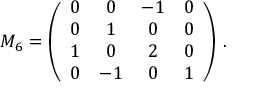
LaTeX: M _ { 6 } = \left( \begin{array} { c c c c } { { 0 } } & { { 0 } } & { { - 1 } } & { { 0 } } \\ { { 0 } } & { { 1 } } & { { 0 } } & { { 0 } } \\ { { 1 } } & { { 0 } } & { { 2 } } & { { 0 } } \\ { { 0 } } & { { - 1 } } & { { 0 } } & { { 1 } } \end{array} \right) \, .